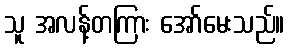
သူ အလန့်တကြား အော်မေးသည်။